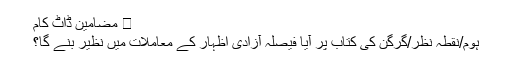
⋆ مضامین ڈاٹ کام
ہوم/نقطہ نظر/گرگن کی کتاب پر آیا فیصلہ آزادی اظہار کے معاملات میں نظیر بنے گا؟